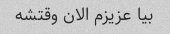
بیا عزیزم الان وقتشه